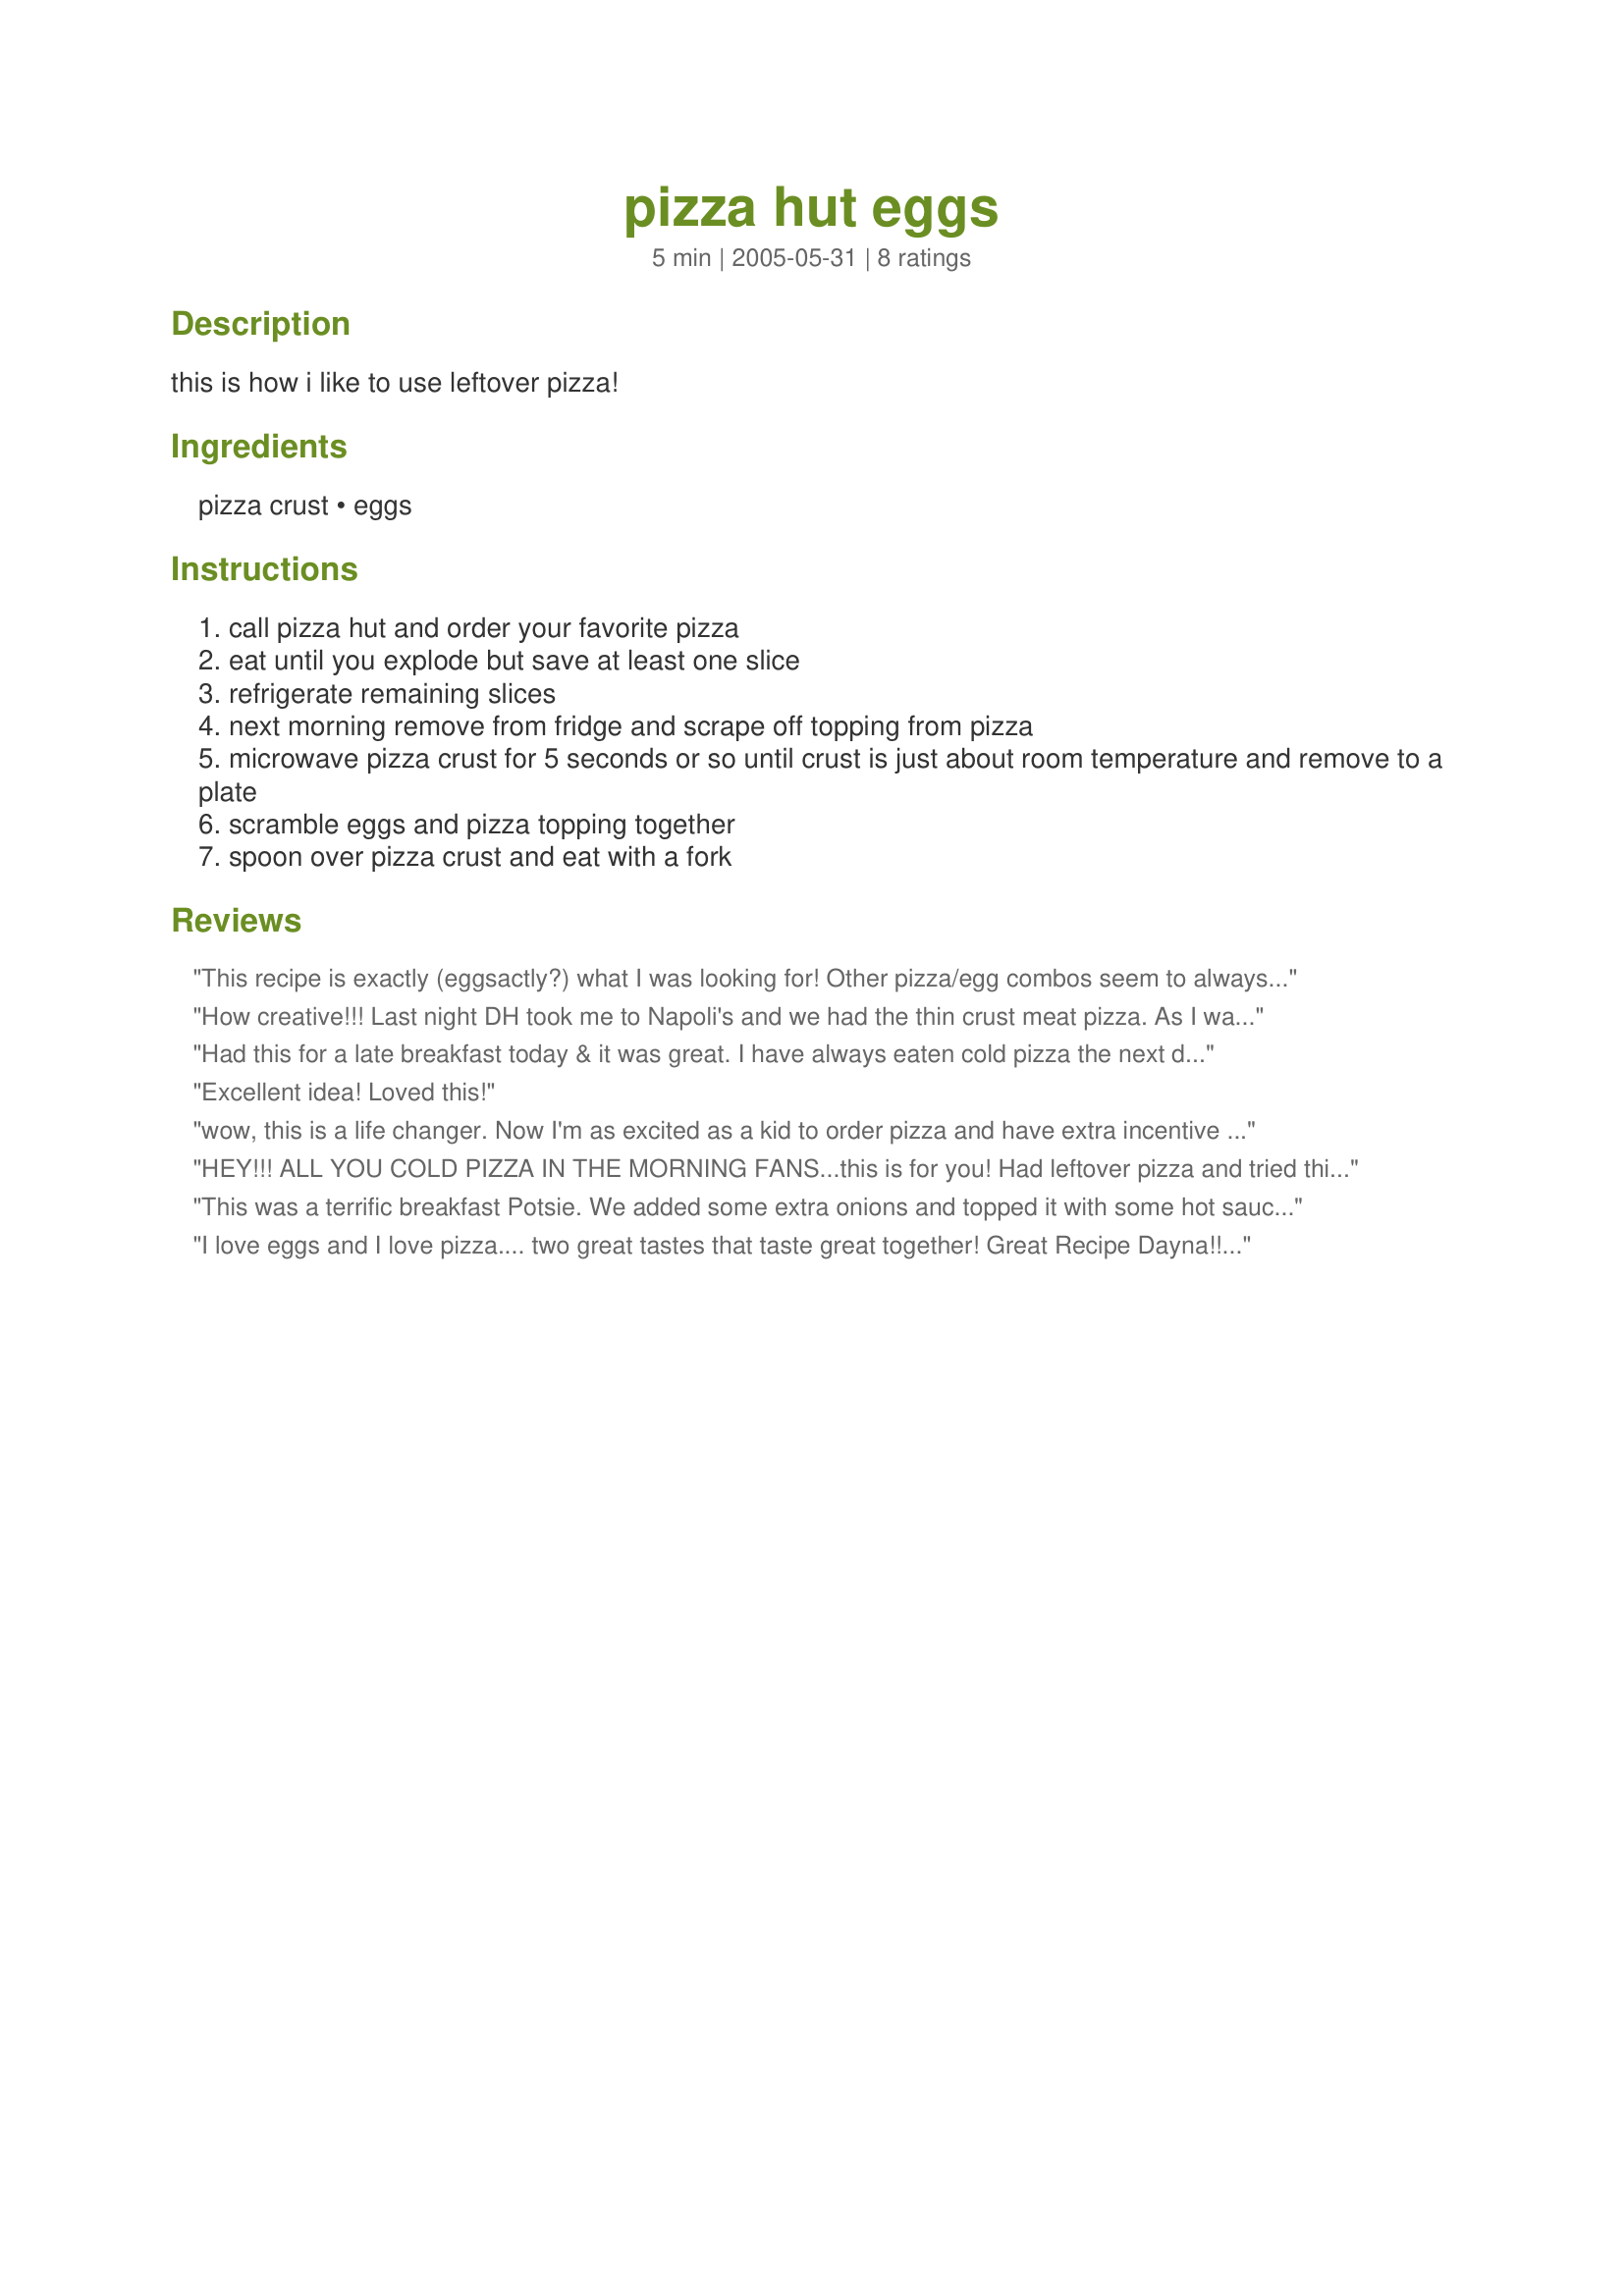
pizza hut eggs
Preparation time: 5 minutes

this is how i like to use leftover pizza!

Ingredients:
pizza crust, eggs

Steps:
call pizza hut and order your favorite pizza
eat until you explode but save at least one slice
refrigerate remaining slices
next morning remove from fridge and scrape off topping from pizza
microwave pizza crust for 5 seconds or so until crust is just about room temperature and remove to a plate
scramble eggs and pizza topping together
spoon over pizza crust and eat with a fork

Reviews:
This recipe is exactly (eggsactly?) what I was looking for! Other pizza/egg combos seem to always involve tearing the pizza up and scrambling it with the eggs. No, thank you. Thanks for posting this lovely breakfast treat.
How creative!!! Last night DH took me to Napoli's and we had the thin crust meat pizza. As I was putting the left over pizza in the take-home box all I could think of was trying your recipe for breakfast. I'm so glad I did! I followed the directions exactly except that I heated my crust in the oven at 400F while I scrambled the eggs, as my microwave is broke. I would definitely make this again! Thanks Pot Scrubber!
Had this for a late breakfast today & it was great. I have always eaten cold pizza the next day for breakfast. Had some left over Meat Lovers Pizza, and I added a little extra shredded cheese to the eggs & stuff when I was scrambling it all up. YUM!
Excellent idea! Loved this!
wow, this is a life changer. Now I'm as excited as a kid to order pizza and have extra incentive to save most of it. I used 1 egg per normal-sized slice and toasted the crust in a skillet. It was freakin' insane!
HEY!!! ALL YOU COLD PIZZA IN THE MORNING FANS...this is for you! Had leftover pizza and tried this idea and it was DA BOMB! Never though of using eggs with it but it really works. Thanks for making a difference!
This was a terrific breakfast Potsie. We added some extra onions and topped it with some hot sauce for a terrific "morning after" meal.
Great idea!
Thanks for posting :)
I love eggs and I love pizza.... two great tastes that taste great together! Great Recipe Dayna!! Thank you so much for sharing this with me.... I know it will be made a lot around here!!! You Rock!
